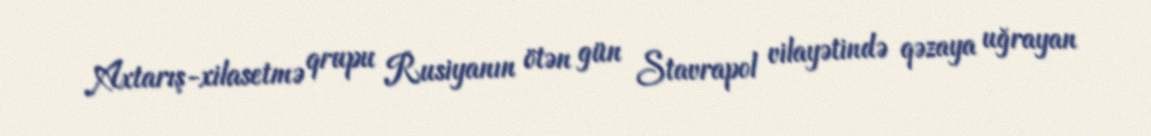
Axtarış-xilasetmə qrupu Rusiyanın ötən gün Stavrapol vilayətində qəzaya uğrayan